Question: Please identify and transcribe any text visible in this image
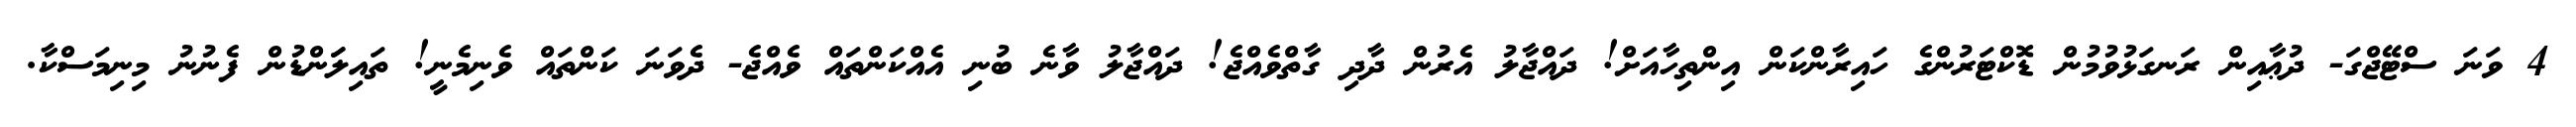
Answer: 4 ވަނަ ސްޓޭޖްގަ- ދުޢާއިން ރަނގަޅުވުމުން ޑޮކްޓަރުންގެ ހައިރާންކަން އިންތިހާއަށް! ދައްޖާލު އެރުން ދާދި ގާތްވެއްޖެ! ދައްޖާލު ވާނެ ބުނި އެއްކަންތައް ވެއްޖެ- ދެވަނަ ކަންތައް ވެނިމެނީ! ތައިލަަންޑުން ފެނުނު މިނިމަސްކާ.